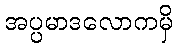
အပ္ပမာဒလောကမှိ